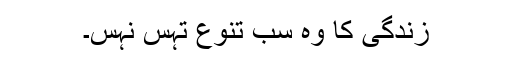
زندگی کا وہ سب تنوع تہس نہس۔